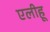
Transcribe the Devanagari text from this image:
एलीहू